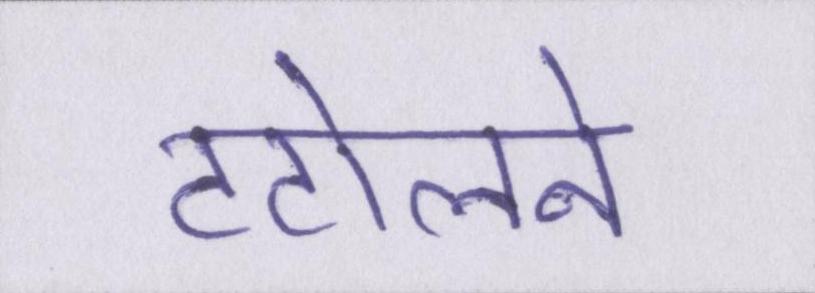
टटोलने